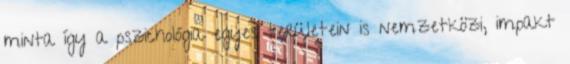
minta így a pszichológia egyes területein is nemzetközi, impakt